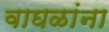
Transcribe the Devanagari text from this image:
वाघळांना